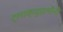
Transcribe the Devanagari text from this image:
ट्लाक्युइलोंनी